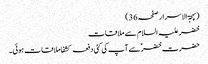
(بہجۃ الاسرار صفحہ36)
خضر علیہ السلام سے ملاقات
حضرت خضرؑ سے آپ کی کئی دفعہ کشفا ملاقات ہوئی۔